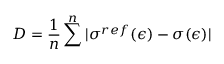
D = \frac { 1 } { n } \sum ^ { n } | \sigma ^ { r e f } ( \epsilon ) - \sigma ( \epsilon ) |